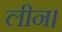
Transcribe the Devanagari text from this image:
लीन।